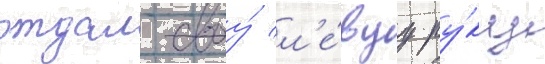
отдал своу́ л'е́вуу ру́ку